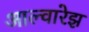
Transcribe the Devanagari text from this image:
आल्वारेझ